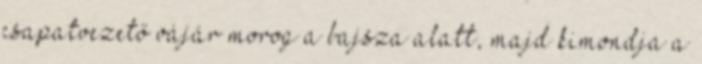
csapatvezető vájár morog a bajsza alatt, majd kimondja a